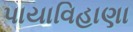
પાયાવિહાણા